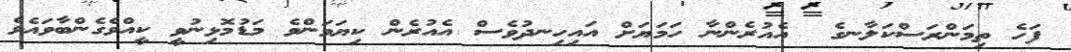
ފަހެ ތިމަންރަސްކަލާނގެ  އެއުރެންނާ ހަމަޔަށް އައިހިނދުވެސް އެއުރެން ކިޔަމަންވެ މަޑުމޮޅިނުވީ ކީއްވެގެންބާވައެވެ